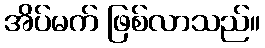
အိပ်မက် ဖြစ်လာသည်။